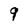
Character: q